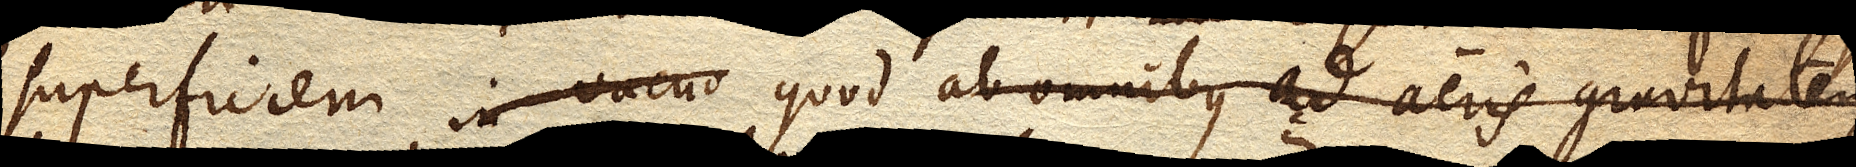
superficiem, in vacuo quod ab omnibus ad aeris gravitatem